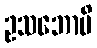
ဥသဘောပိ